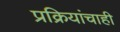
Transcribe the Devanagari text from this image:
प्रक्रियांचाही